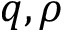
q , \rho